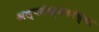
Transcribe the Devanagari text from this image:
अल्पसंख्यकांच्या